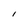
Character: 1